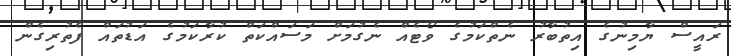
ރައީސް ޔާމިނުގެ އިތުބާރު ނެތްކަމުގެ ވޯޓެއް ނެގުމަށް މަސައްކަތް ކުރާކަމުގެ އަޑުތައް ފެތުރިގެން